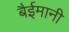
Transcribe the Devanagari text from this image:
बैईमानी